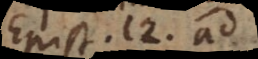
Epist. 12. ad